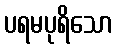
ပရမပုရိသော